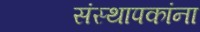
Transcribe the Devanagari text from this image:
संस्थापकांना